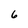
Character: 6